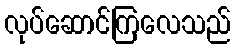
လုပ်ဆောင်ကြလေသည်